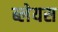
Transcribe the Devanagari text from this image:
ब्लेयस